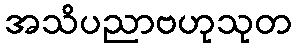
အသိပညာဗဟုသုတ